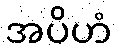
အပိဟံ